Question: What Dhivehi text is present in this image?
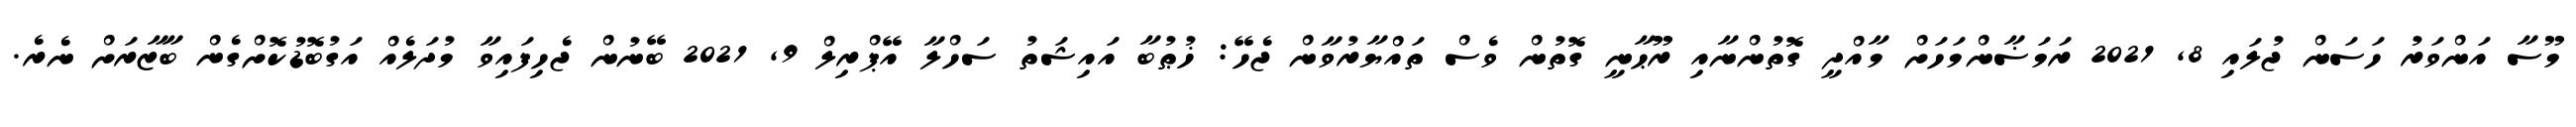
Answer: މޫސާ އަންވަރު ހަސަން ޖުލައި 8, 2021 ރަމަޟާންމަހަށް މާއްދީ ގޮތުންނާއި ރޫޙާނީ ގޮތުން ވެސް ތައްޔާރުވާން ޖެހޭ: ޚުޠުބާ އައިޝަތު ސަހްލާ އޭޕްރިލް 9, 2021 ބޭނުން ޖެހިފައިވާ މުދަލެއް އަގުބޮޑުކޮށްގެން ބާޒާރަށް ނެރެ.